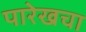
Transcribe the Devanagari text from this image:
पारेखचा